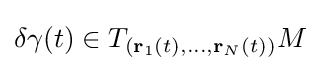
\delta \gamma (t)\in T_{(\mathbf {r} _{1}(t),\ldots ,\mathbf {r} _{N}(t))}M